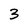
Character: 3